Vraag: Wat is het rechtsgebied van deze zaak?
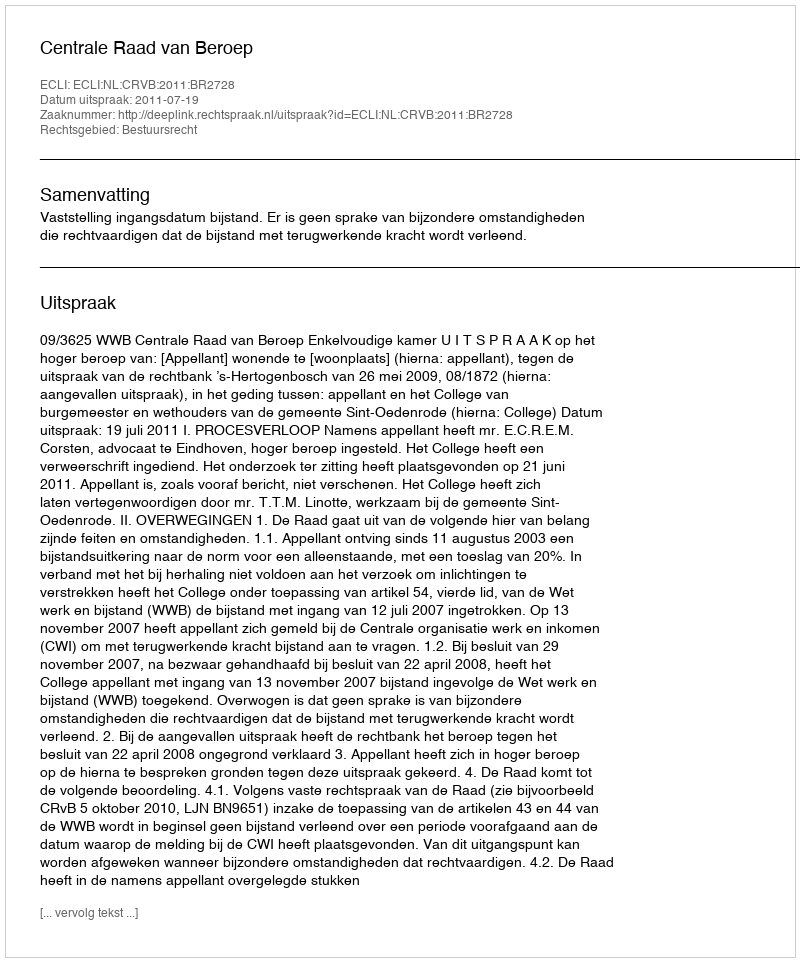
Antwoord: Bestuursrecht